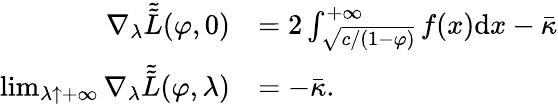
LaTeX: \begin{array}{rl}{{\nabla_{\lambda}}\tilde{\tilde{L}}(\varphi,0)}&{=2\int_{\sqrt{c/(1-\varphi)}}^{+\infty}f(x)\mathrm{d}x-\bar{\kappa}}\\ {\operatorname*{lim}_{\lambda\uparrow+\infty}{\nabla_{\lambda}}\tilde{\tilde{L}}(\varphi,\lambda)}&{=-\bar{\kappa}.}\end{array}